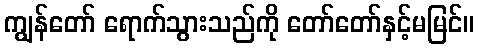
ကျွန်တော် ရောက်သွားသည်ကို တော်တော်နှင့်မမြင်။